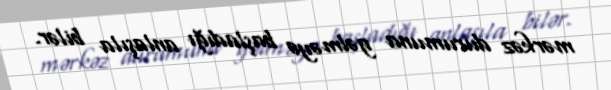
mərkəz durumuna gəlməyə başladığı anlaşıla bilər.